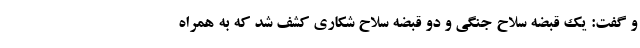
و گفت: یک قبضه سلاح جنگی و دو قبضه سلاح شکاری کشف شد که به همراه